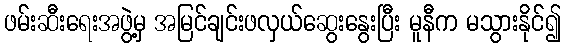
ဖမ်းဆီးရေးအဖွဲ့မှ အမြင်ချင်းဖလှယ်ဆွေးနွေးပြီး မူနီက မသွားနိုင်၍